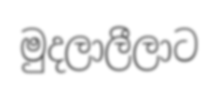
මුදලාලීලාට